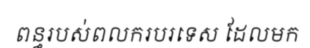
ពន្ធរបស់ពលករបរទេស ដែលមក